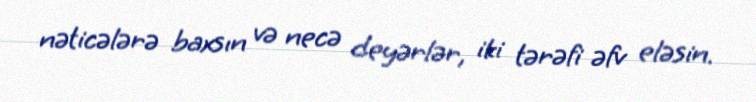
nəticələrə baxsın və necə deyərlər, iki tərəfi əfv eləsin.